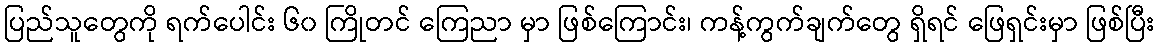
ပြည်သူတွေကို ရက်ပေါင်း ၆၀ ကြိုတင် ကြေညာ မှာ ဖြစ်ကြောင်း၊ ကန့်ကွက်ချက်တွေ ရှိရင် ဖြေရှင်းမှာ ဖြစ်ပြီး